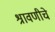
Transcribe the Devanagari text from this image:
श्रावणीचे